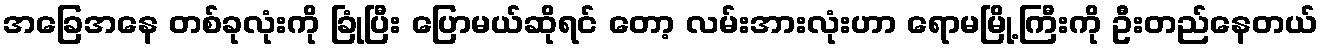
အခြေအနေ တစ်ခုလုံးကို ခြုံပြီး ပြောမယ်ဆိုရင် တော့ လမ်းအားလုံးဟာ ရောမမြို့ကြီးကို ဦးတည်နေတယ်